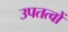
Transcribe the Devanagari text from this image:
उपतत्वों